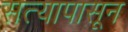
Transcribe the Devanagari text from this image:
सत्यापासून